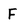
Character: F